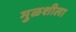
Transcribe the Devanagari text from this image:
मुळशीला